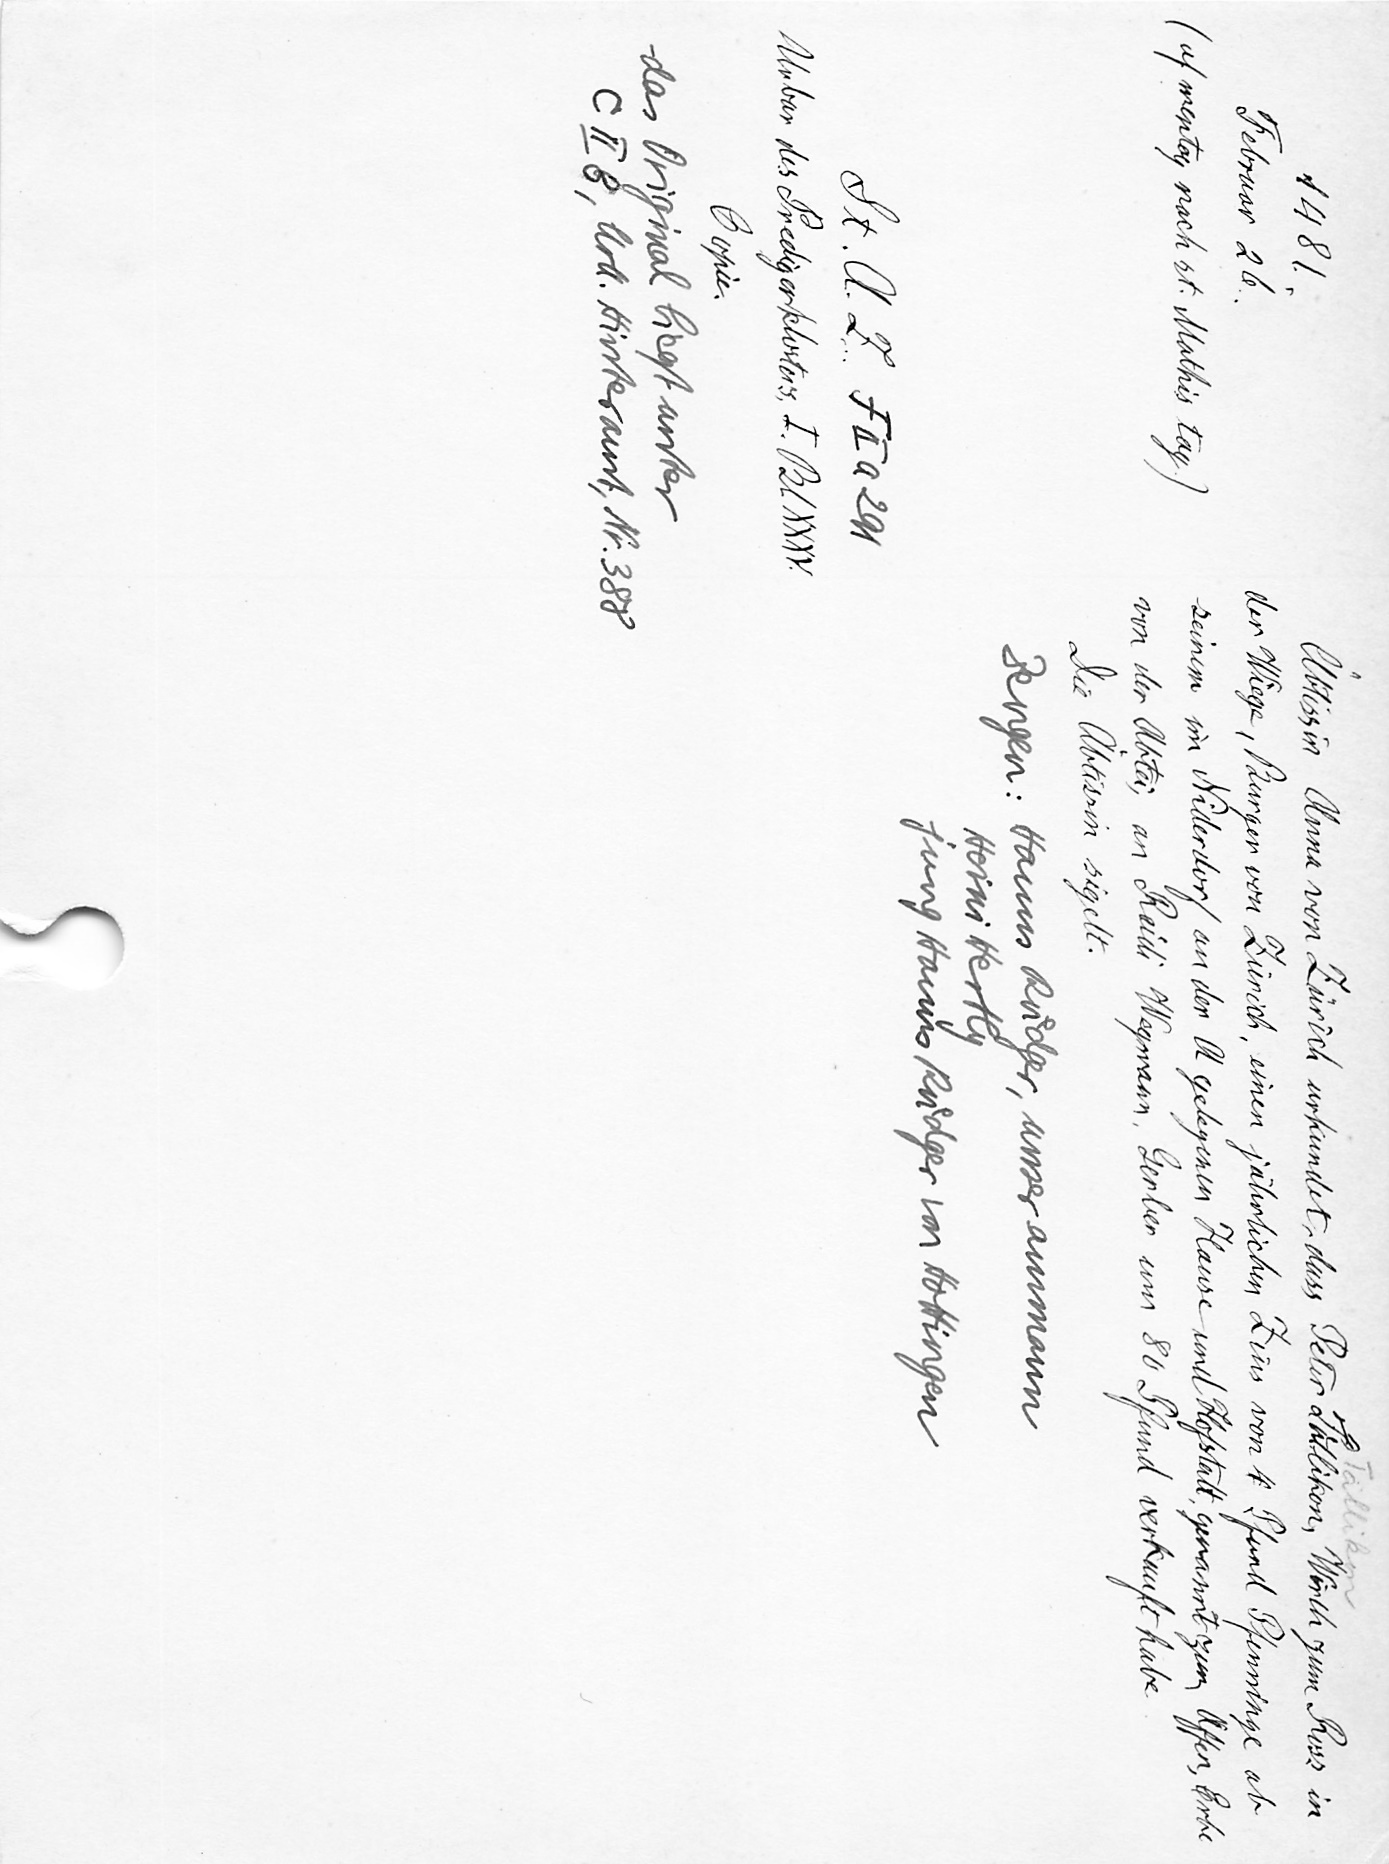
Äbtissin Anna von Zürich urkundet das Peter Tuͤllikon, Wirth zum Ross in
der Wiege, Burger von Zürich, einen jährlichen Zins von 4 Pfund Pfenninge ab
seinem im Niderdorf an der A gelegenen Hause und Hofstatt, genannt zum Affen, Erbe
von der Abtei, an Ruͤdi Wegmann, Gerber um 80 Pfund verkauft habe.
Die Äbtissin sigelt.
Zeugen: Hanns Ruͤdger, unser ammann
Heini Hertly
jung Hanns Ruͤdger von Hottingen

1481.
Februar 26.
(uf mentag nach st. Mathis tag.)
St. A. Z. F II a 291
Urbar des Predigerklosters I. Bl. XXXV.
Copie.
das Original liegt unter
C II 8, Urk. Hinteramt, Nr. 388